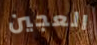
العجين